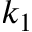
k _ { 1 }